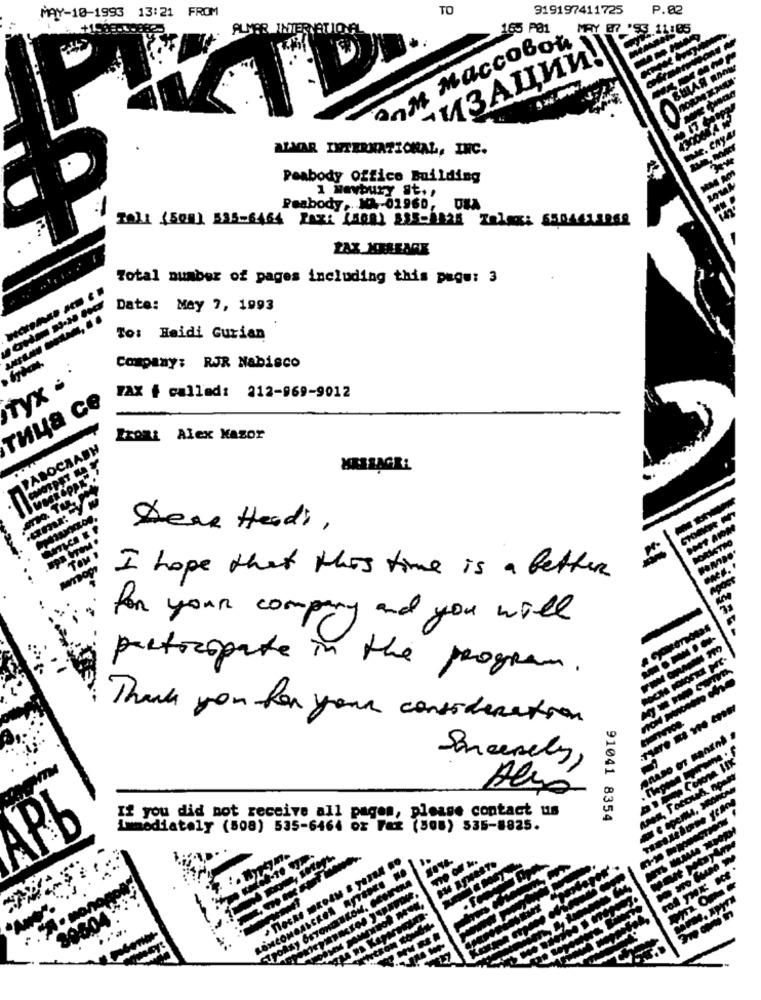
TO
919197411725
P.02
MAY-10-1993 13:21 FROM
+15
ALMER INTERNATIONAL
anm Maccobot
- ИЗАЦИЙ!
ALMAR INTERNATIONAL, INC.
Peabody Office Building
1 Newbury gt. ,
Peabody, 102-01960, UMA
ZOL: (508) 535-6464 FAX: (500) 335-2528 Zalex: 550441.5268
ZAX KAREAGE
Total number of pages including this page: 3
Date: May 7, 1993
To: Heidi Gurian
Company: RJR Nabisco
TyX
THya ce
FAX + called: 212-969-9012
IXORi Alex Mazor
PABOCRASH
bow
MASSAGEL
Deve Heads,
I hope that this time is a better
for your company and you will
participate in the program.
Thank you for your consideration
Sincerely,
Alsó
If you did not receive all pages, please contact us
91041 8354
immediately (508) 535-6464 or Fax (508) 535-8825.
Pb
MOASCRON
80504